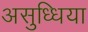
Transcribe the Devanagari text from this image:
असुध्धिया